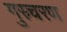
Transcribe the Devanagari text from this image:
गुस्र्चरण